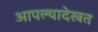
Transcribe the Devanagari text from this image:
आपल्यादेखत